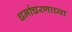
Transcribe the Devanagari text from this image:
धर्माचरणाच्या